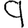
Digit: 9